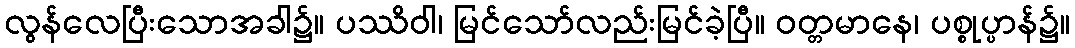
လွန်လေပြီးသောအခါ၌။ ပဿိဝါ၊ မြင်သော်လည်းမြင်ခဲ့ပြီ။ ဝတ္တမာနေ၊ ပစ္စုပ္ပာန်၌။